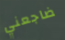
ضاجعني